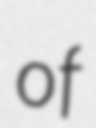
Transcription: of